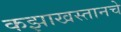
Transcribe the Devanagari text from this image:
कझाखस्तानचे